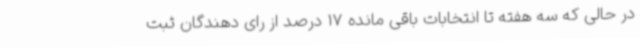
در حالی که سه هفته تا انتخابات باقی مانده 17 درصد از رای دهندگان ثبت